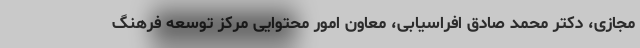
مجازی، دکتر محمد صادق افراسیابی، معاون امور محتوایی مرکز توسعه فرهنگ